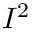
I ^ { 2 }